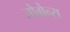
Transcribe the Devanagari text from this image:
जोग्रेन्स